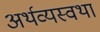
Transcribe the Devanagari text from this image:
अर्थव्यस्वथा